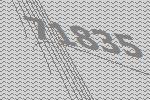
71835